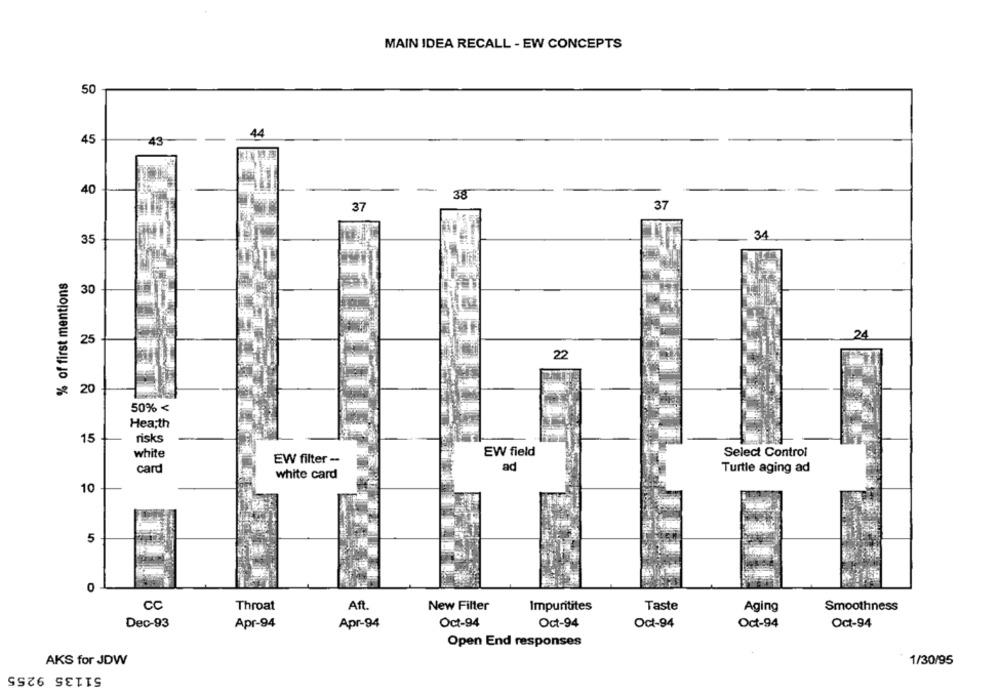
MAIN IDEA RECALL - EW CONCEPTS
50
44
45
43
40
38
37
37
34
35
% of first mentions
30
25
24
22
20
50% <
Hea;th
risks
15
EW field
white
Select Control
EW filter --
card
ad
Turtle aging ad
white card
10
5
0
Aft.
New Filter
Taste
CC
Throat
Impuritites
Aging
Smoothness
Dec-93
Apr-94
Apr-94
Oct-94
Oct-94
Oct-94
Oct-94
Oct-94
Open End responses
AKS for JDW
1/30/95
51135 9255